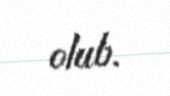
olub.